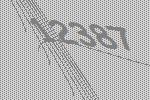
12387